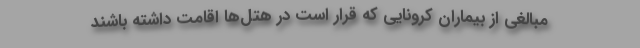
مبالغی از بیماران کرونایی که قرار است در هتل‌ها اقامت داشته باشند